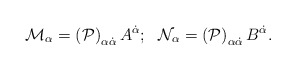
\begin{align*}{\cal M}_{\alpha}=\left({\cal P}\right)_{\alpha \dot{\alpha}} A^{\dot{\alpha}}; \, \, \, \,{\cal N}_{\alpha}=\left({\cal P}\right)_{\alpha \dot{\alpha}} B^{\dot{\alpha}}.\end{align*}